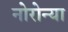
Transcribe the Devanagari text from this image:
नोरोन्या